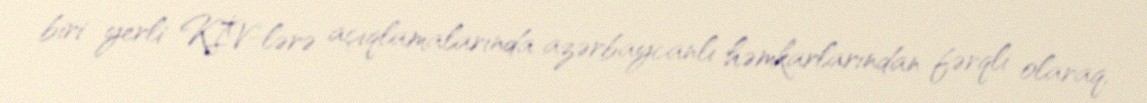
biri yerli KİV-lərə açıqlamalarında azərbaycanlı həmkarlarından fərqli olaraq,